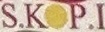
S.KOP.I